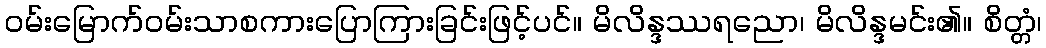
ဝမ်းမြောက်ဝမ်းသာစကားပြောကြားခြင်းဖြင့်ပင်။ မိလိန္ဒဿရညော၊ မိလိန္ဒမင်း၏။ စိတ္တံ၊